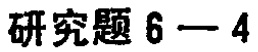
研究题 6 - 4